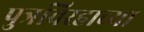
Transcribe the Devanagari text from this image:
पुत्रविरहाच्या